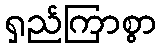
ရှည်ကြာစွာ